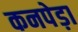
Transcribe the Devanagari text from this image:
कनपेड़ा